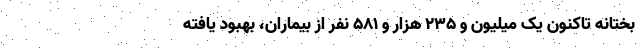
بختانه تاکنون یک میلیون و ۲۳۵ هزار و ۵۸۱ نفر از بیماران، بهبود یافته